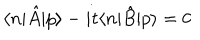
\langle n | \hat { A } | p \rangle - i t \langle n | \hat { B } | p \rangle = 0